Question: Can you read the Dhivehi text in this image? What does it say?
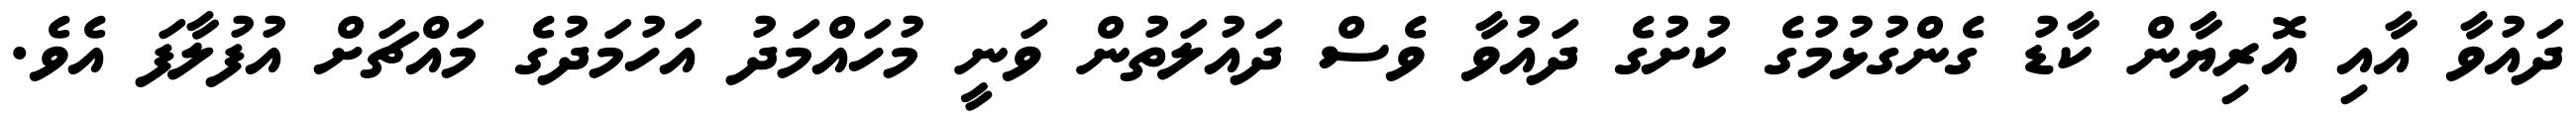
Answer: ދައުވާ އާއި އޮރިޔާން ކާޑު ގެންގުޅުމުގެ ކުށުގެ ދައުވާ ވެސް ދައުލަތުން ވަނީ މުހައްމަދު އަހުމަދުގެ މައްޗަށް އުފުލާފަ އެވެ.